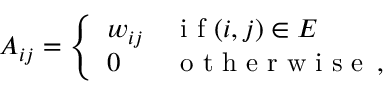
A _ { i j } = \left\{ \begin{array} { l l } { w _ { i j } } & { \mathrm { ~ i ~ f ~ } ( i , j ) \in E } \\ { 0 } & { \mathrm { ~ o ~ t ~ h ~ e ~ r ~ w ~ i ~ s ~ e ~ } \, , } \end{array} \right.